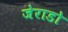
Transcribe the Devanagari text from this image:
जेराडो